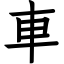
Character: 車